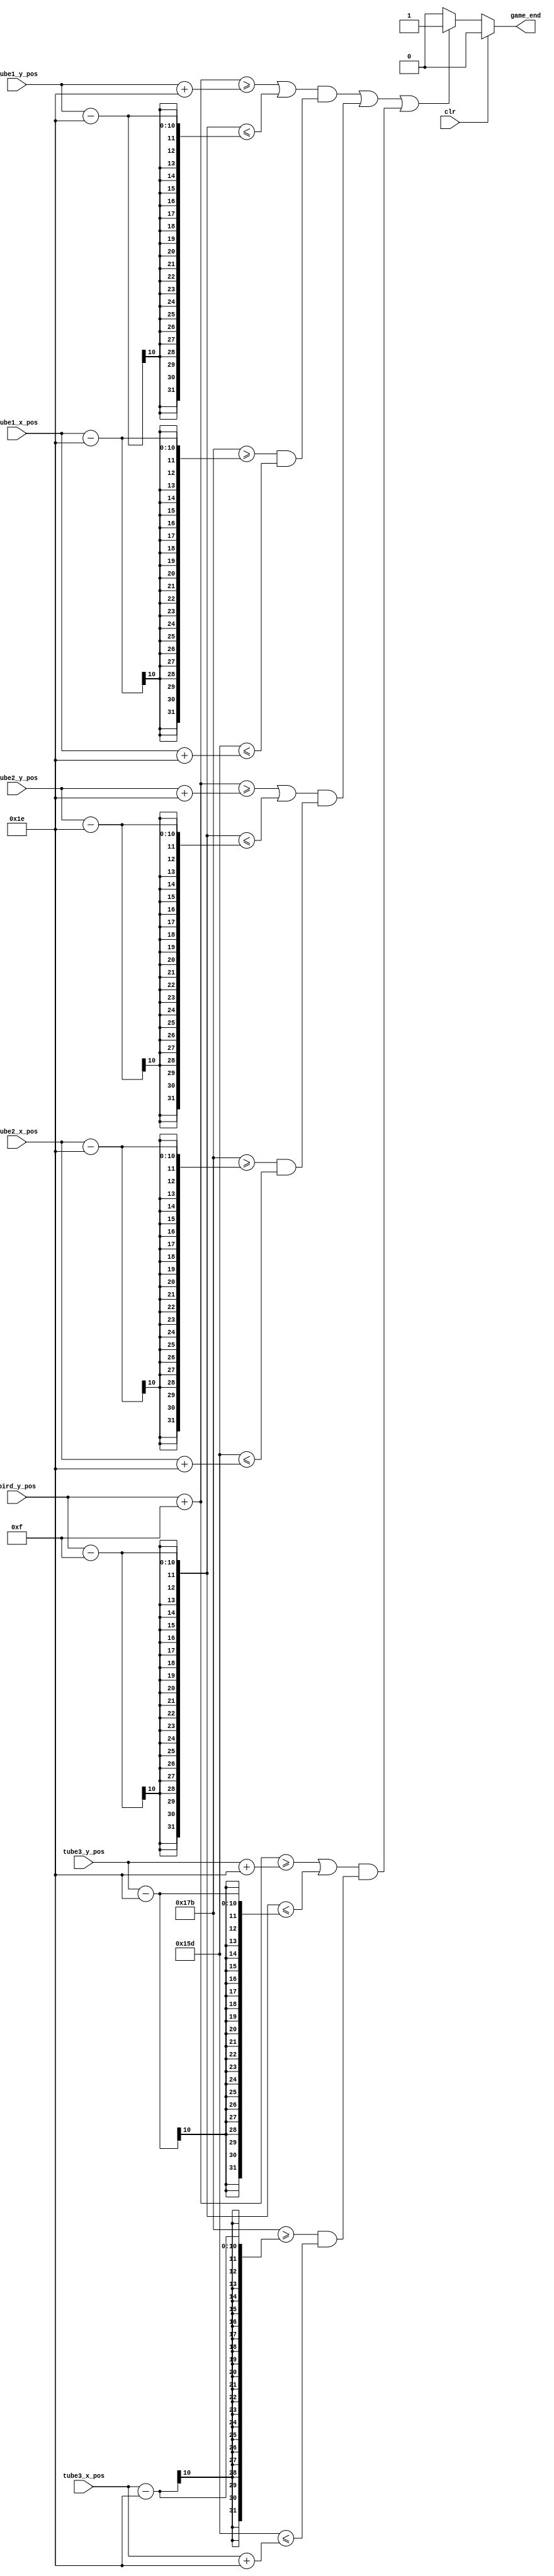
`timescale 1ns / 1ps
//////////////////////////////////////////////////////////////////////////////////
// Company: 
// Engineer: 
// 
// Design Name: 
// Module Name:    Collision_Detect 
// Project Name: 
// Target Devices: 
// Tool versions: 
// Description: 
//
// Dependencies: 
//
// Revision: 
// Revision 0.01 - File Created
// Additional Comments: 
//
//////////////////////////////////////////////////////////////////////////////////
module Collision_Detect(
    input clr,
    input [9:0] bird_y_pos,
    input [9:0] tube1_x_pos,
    input [9:0] tube1_y_pos,
    input [9:0] tube2_x_pos,
    input [9:0] tube2_y_pos,
    input [9:0] tube3_x_pos,
    input [9:0] tube3_y_pos,
    output game_end
    );
	 
	wire collide;
	
	// Set bird_x_pos
	wire [9:0] bird_x_pos;
	assign bird_x_pos = 364;
	
	// Check whether collides: 1 collides, 0 not yet
	assign collide = (
		(((bird_y_pos + 15 >= tube1_y_pos + 30) | (bird_y_pos - 15 <= tube1_y_pos - 30)) & 
			((bird_x_pos + 15 >= tube1_x_pos - 30) & (bird_x_pos - 15 <= tube1_x_pos + 30))) |
		(((bird_y_pos + 15 >= tube2_y_pos + 30) | (bird_y_pos - 15 <= tube2_y_pos - 30)) &
			((bird_x_pos + 15 >= tube2_x_pos - 30) & (bird_x_pos - 15 <= tube2_x_pos + 30))) |
		(((bird_y_pos + 15 >= tube3_y_pos + 30) | (bird_y_pos - 15 <= tube3_y_pos - 30)) &
			((bird_x_pos + 15 >= tube3_x_pos - 30) & (bird_x_pos - 15 <= tube3_x_pos + 30)))
		);
	
	// Output whether game ends: 1 ends, 0 not yet
	assign game_end = 
		(clr) ? 0:
		(collide) ? 1:
		0;

endmodule